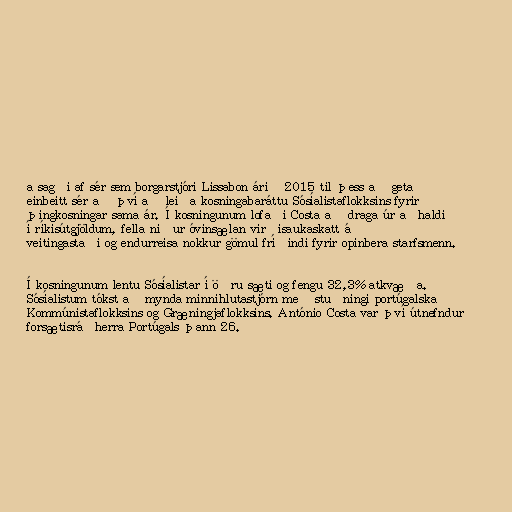
a sagði af sér sem borgarstjóri Lissabon árið 2015 til þess að geta
einbeitt sér að því að leiða kosningabaráttu Sósíalistaflokksins fyrir
þingkosningar sama ár. Í kosningunum lofaði Costa að draga úr aðhaldi
í ríkisútgjöldum, fella niður óvinsælan virðisaukaskatt á
veitingastaði og endurreisa nokkur gömul fríðindi fyrir opinbera starfsmenn.

Í kosningunum lentu Sósíalistar í öðru sæti og fengu 32,3% atkvæða.
Sósíalistum tókst að mynda minnihlutastjórn með stuðningi portúgalska
Kommúnistaflokksins og Græningjaflokksins. António Costa var því útnefndur
forsætisráðherra Portúgals þann 26.